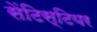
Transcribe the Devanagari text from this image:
सेंटिस्टियर